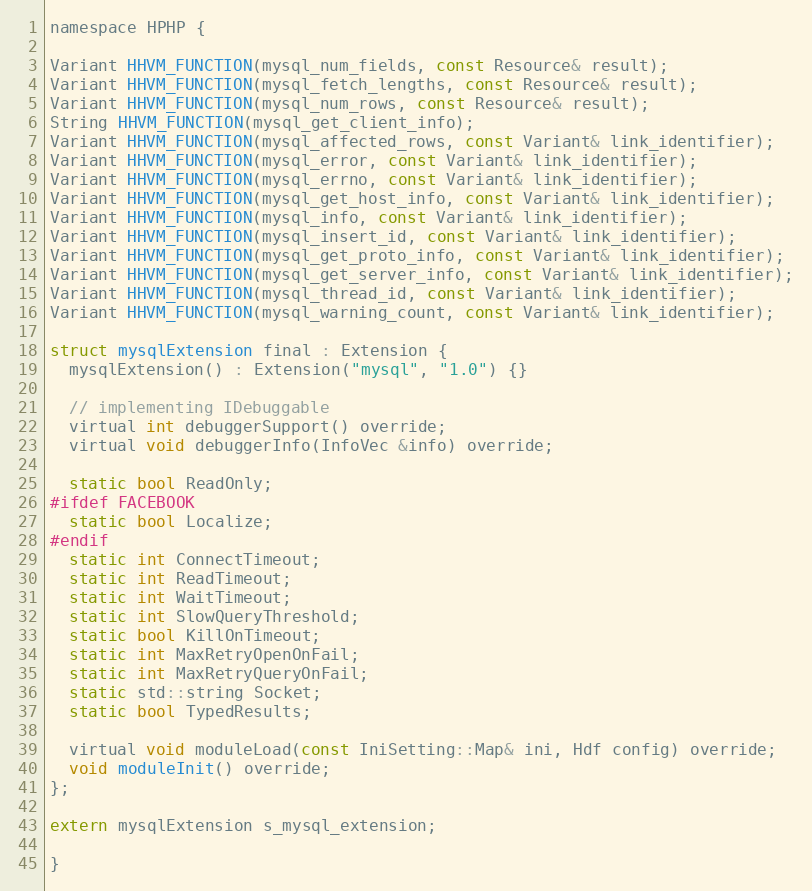
Language: C
namespace HPHP {

Variant HHVM_FUNCTION(mysql_num_fields, const Resource& result);
Variant HHVM_FUNCTION(mysql_fetch_lengths, const Resource& result);
Variant HHVM_FUNCTION(mysql_num_rows, const Resource& result);
String HHVM_FUNCTION(mysql_get_client_info);
Variant HHVM_FUNCTION(mysql_affected_rows, const Variant& link_identifier);
Variant HHVM_FUNCTION(mysql_error, const Variant& link_identifier);
Variant HHVM_FUNCTION(mysql_errno, const Variant& link_identifier);
Variant HHVM_FUNCTION(mysql_get_host_info, const Variant& link_identifier);
Variant HHVM_FUNCTION(mysql_info, const Variant& link_identifier);
Variant HHVM_FUNCTION(mysql_insert_id, const Variant& link_identifier);
Variant HHVM_FUNCTION(mysql_get_proto_info, const Variant& link_identifier);
Variant HHVM_FUNCTION(mysql_get_server_info, const Variant& link_identifier);
Variant HHVM_FUNCTION(mysql_thread_id, const Variant& link_identifier);
Variant HHVM_FUNCTION(mysql_warning_count, const Variant& link_identifier);

struct mysqlExtension final : Extension {
  mysqlExtension() : Extension("mysql", "1.0") {}

  // implementing IDebuggable
  virtual int debuggerSupport() override;
  virtual void debuggerInfo(InfoVec &info) override;

  static bool ReadOnly;
#ifdef FACEBOOK
  static bool Localize;
#endif
  static int ConnectTimeout;
  static int ReadTimeout;
  static int WaitTimeout;
  static int SlowQueryThreshold;
  static bool KillOnTimeout;
  static int MaxRetryOpenOnFail;
  static int MaxRetryQueryOnFail;
  static std::string Socket;
  static bool TypedResults;

  virtual void moduleLoad(const IniSetting::Map& ini, Hdf config) override;
  void moduleInit() override;
};

extern mysqlExtension s_mysql_extension;

}